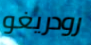
رودريغو